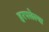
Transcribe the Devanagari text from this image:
हरपलेल्या